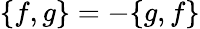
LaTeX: \{ f,g\} =-\{ g,f\}